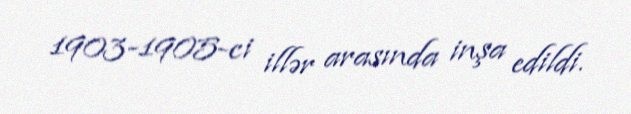
1903-1905-ci illər arasında inşa edildi.